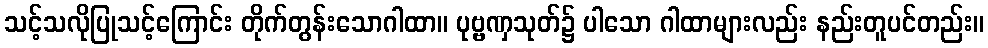
သင့်သလိုပြုသင့်ကြောင်း တိုက်တွန်းသောဂါထာ။ ပုဗ္ဗဏှသုတ်၌ ပါသော ဂါထာများလည်း နည်းတူပင်တည်း။